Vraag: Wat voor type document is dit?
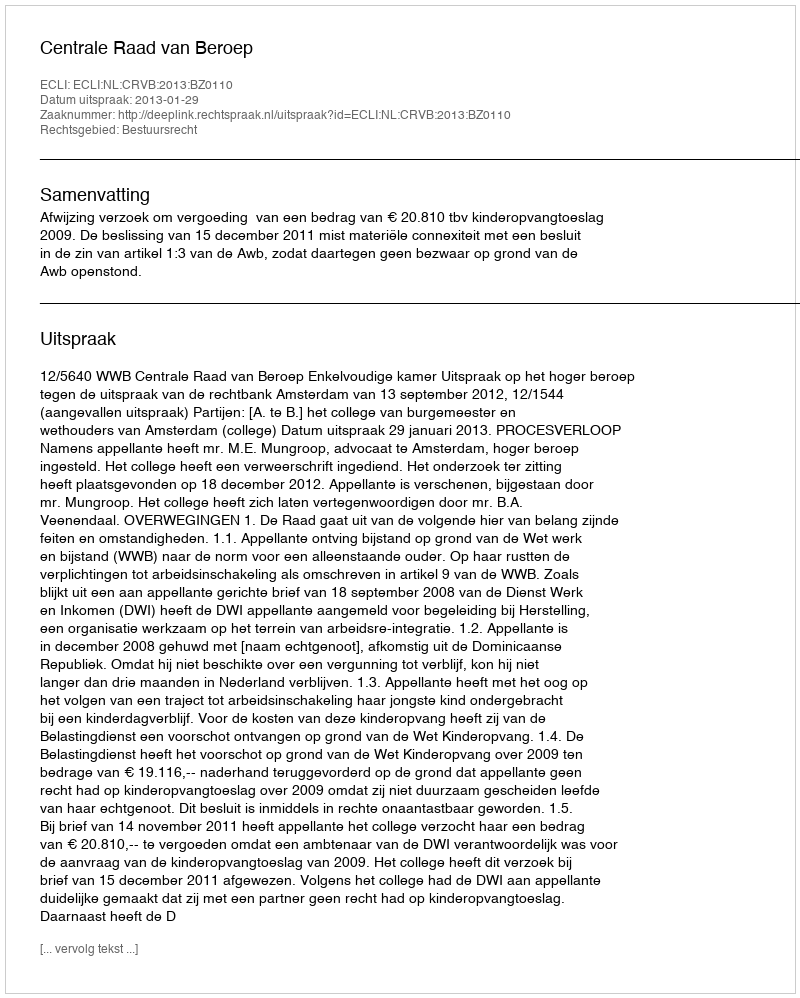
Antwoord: Uitspraak